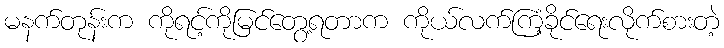
မနက်တုန်းက ကိုရင့်ကိုမြင်တွေ့ရတာက ကိုယ်လက်ကြံ့ခိုင်ရေးလိုက်စားတဲ့